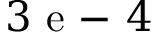
3 \mathrm { ~ e ~ - ~ } 4